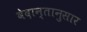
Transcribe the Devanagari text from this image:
वेदान्तानुसार